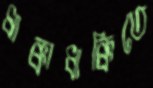
ধাক্কাধাক্কিতে